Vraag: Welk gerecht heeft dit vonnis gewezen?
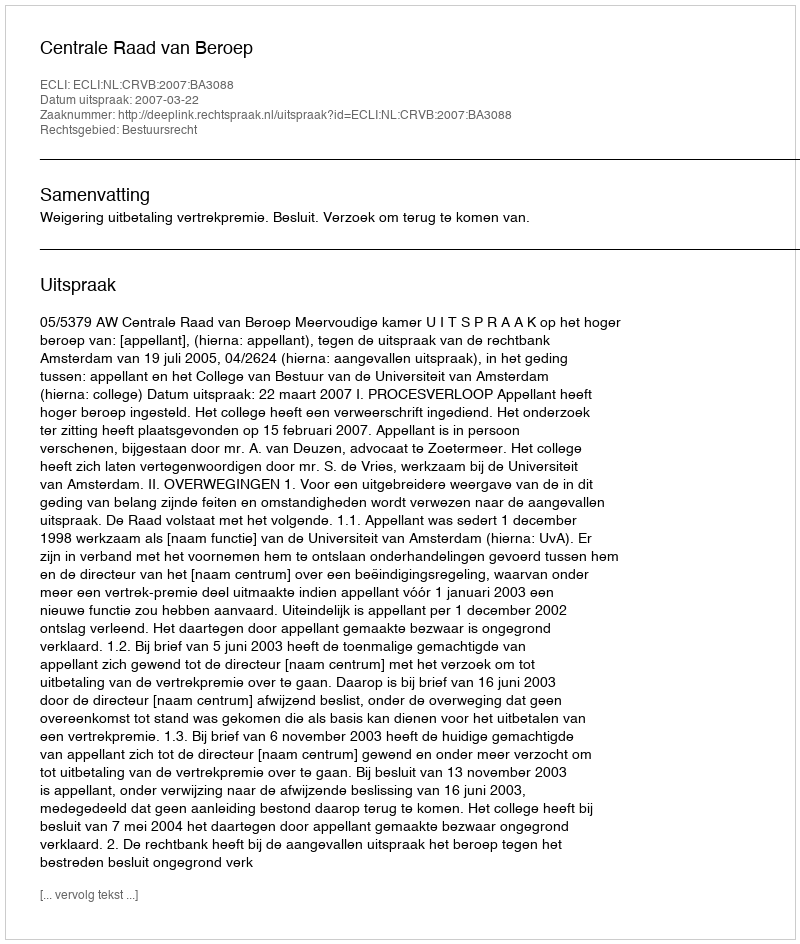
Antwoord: Centrale Raad van Beroep